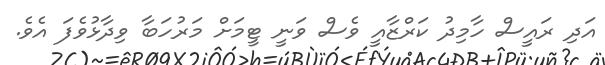
އަދި ރައީސް ހާމިދު ކަރްޒާއީ ވެސް ވަނީ ޓީމަށް މަރުހަބާ ވިދާޅުވެފަ އެވެ.